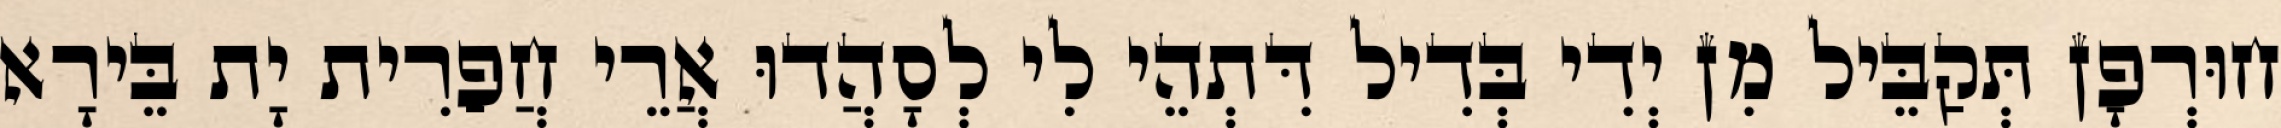
חוּרְפָן תְּקַבֵּיל מִן יְדִי בְּדִיל דִּתְהֵי לִי לְסָהֲדוּ אֲרֵי חֲפַרִית יָת בֵּירָא